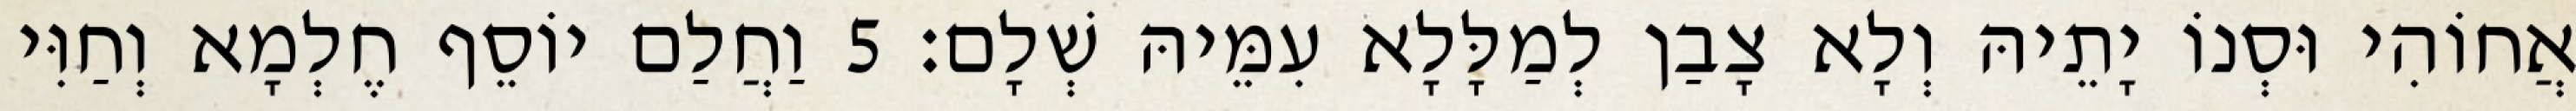
אֲחוֹהִי וּסְנוֹ יָתֵיהּ וְלָא צָבַן לְמַלָּלָא עִמֵּיהּ שְׁלָם׃ 5 וַחֲלַם יוֹסֵף חֶלְמָא וְחַוִּי